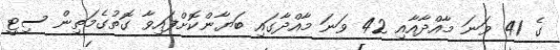
ގެ 41 ވަނަ މާއްދާއާއި 42 ވަނަ މާއްދާގައި ބަޔާންކޮށްފައިވާ ގޮތުގެމަތިން ސިޓީ